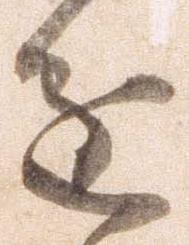
進